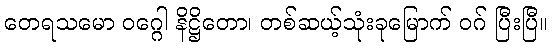
တေရသမော ဝဂ္ဂေါ နိဋ္ဌိတော၊ တစ်ဆယ့်သုံးခုမြောက် ဝဂ် ပြီးပြီ။